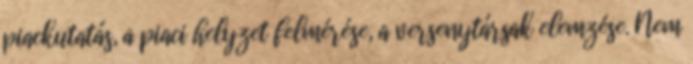
piackutatás, a piaci helyzet felmérése, a versenytársak elemzése. Nem